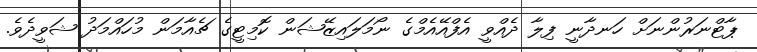
ޕާޓްނަރުންނަށް ހަނދާނީ ފިލާ ދެއްވީ އެފްއޭއެމްގެ ނޯމަލައިޒޭޝަން ކޮމިޓީގެ ޗެއާމަން މުހައްމަދު ޝަވީދެވެ.